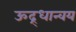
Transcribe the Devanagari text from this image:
ऊद्र्धान्वय